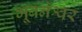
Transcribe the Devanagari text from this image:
भूबनेश्वर